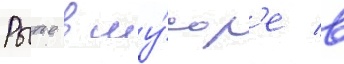
Рытье в му́сор'е в